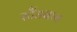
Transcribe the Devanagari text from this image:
स्टैंडबाय